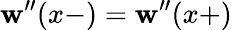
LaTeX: \mathbf{w}^{\prime\prime}(x-)=\mathbf{w}^{\prime\prime}(x+)